Vaccination in Bombay 1856-1862 - 1856-1862
Year: 1856
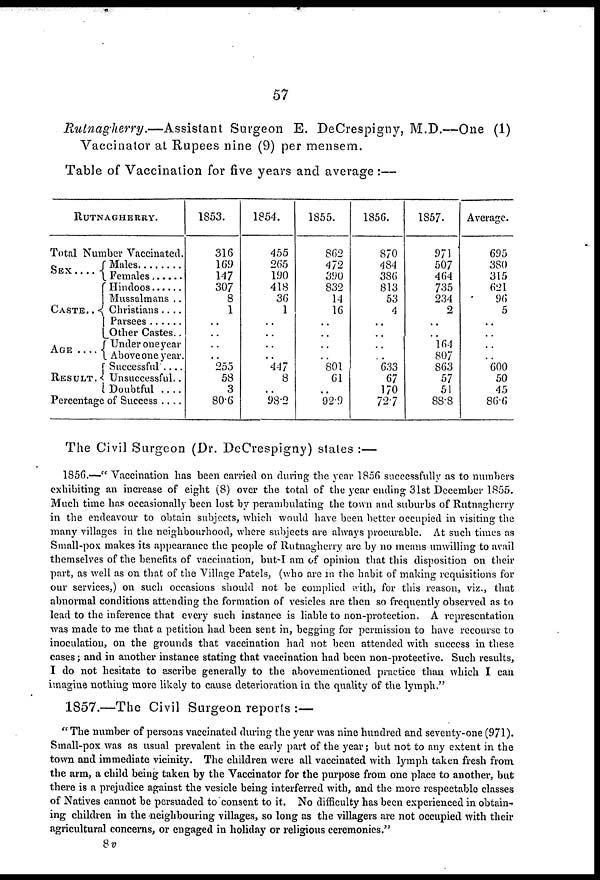
57
Rulnagherry.—Assistant
Surgeon E. DeCrespigny, M.D.—One (1)
Vaccinator at Rupees nine (9) per mensem.
Table of Vaccination for five years and average :—
RUTNAGHERRY.
Total Number Vaccinated.
SEX . . . .
CASTE . .
AGE . . .
RESULT .
Males . . . .
Females . . . .
Hindoos . . . .
Mussulmans . .
Christians . . . .
Parsees . . . .
Other Castes. .
Under one year .
Above one year.
Successful . . . .
Unsuccessful . .
Doubtful . . . .
Percentage of Success . . . .
1853.
316
169
147
307
8
1
..
..
..
..
255
58
3
80.6
1854.
455
265
190
418
36
1
..
..
..
..
447
8
..
98.2
1855.
862
472
390
832
14
16
..
..
..
..
801
61
..
92.9
1856.
870
484
386
813
53
4
..
..
..
..
633
67
170
72.7
1857.
971
507
464
735
234
2
..
..
164
807
863
57
51
88.8
Average.
695
380
315
621
96
5
..
..
..
..
600
50
45
86.6
The Civil Surgeon (Dr. DeCrespigny) states :—
1856.—" Vaccination has been carried on during the year 1856 successfully as to numbers
exhibiting an increase of eight (8) over the total of the year ending 31st December 1855.
Much time has occasionally been lost by perambulating the town and suburbs of Rutnagherry
in the endeavour to obtain subjects, which would have been better occupied in visiting the
many villages in the neighbourhood, where subjects are always procurable. At such times as
Small-pox makes its appearance the people of Rutnagherry are by no means unwilling to avail
themselves of the benefits of vaccination, but I am of opinion that this disposition on their
part, as well as on that of the Village Patels, (who are in the habit of making requisitions for
our services,) on such occasions should not be complied with, for this reason, viz., that
abnormal conditions attending the formation of vesicles are then so frequently observed as to
lead to the inference that every such instance is liable to non-protection. A representation
was made to me that a petition had been sent in, begging for permission to have recourse to
inoculation, on the grounds that vaccination had not been attended with success in these
cases; and in another instance stating that vaccination had been non-protective. Such results,
I do not hesitate to ascribe generally to the abovementioned. practice than which I can
imagine nothing more likely to cause deterioration in the quality of the lymph."
1857.—The Civil Surgeon reports :—
"The number of persons vaccinated during the year was nine hundred and seventy-one (971).
Small-pox was as usual prevalent in the early part of the year; but not to any extent in the
town and immediate vicinity. The children were all vaccinated with lymph taken fresh from
the arm, a child being taken by the Vaccinator for the purpose from one place to another, but
there is a prejudice against the vesicle being interferred with, and the more respectable classes
of Natives cannot be persuaded to consent to it. No difficulty has been experienced in obtain-
ing children in the neighbouring villages, so long as the villagers are not occupied with their
agricultural concerns, or engaged in holiday or religious ceremonies."
8v